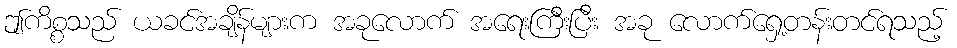
ဤကိစ္စသည် ယခင်အချိန်များက အခုလောက် အရေးကြီးပြီး အခု လောက်ရှေ့တန်းတင်ရသည့်